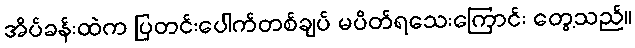
အိပ်ခန်းထဲက ပြတင်းပေါက်တစ်ချပ် မပိတ်ရသေးကြောင်း တွေ့သည်။